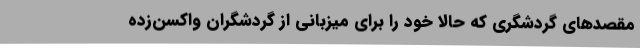
مقصدهای گردشگری که حالا خود را برای میزبانی از گردشگران واکسن‌زده